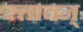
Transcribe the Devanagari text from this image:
रत्तावन्